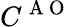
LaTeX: C^{\mathrm{~A~O~}}